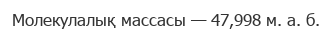
Молекулалық массасы — 47,998 м. а. б.